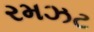
રમઝટ